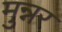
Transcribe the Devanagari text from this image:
मुन्नर